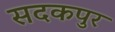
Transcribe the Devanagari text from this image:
सदकपुर